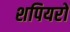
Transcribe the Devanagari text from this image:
शपियरों